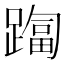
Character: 𨄑